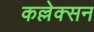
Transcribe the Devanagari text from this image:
कल्लेक्सन